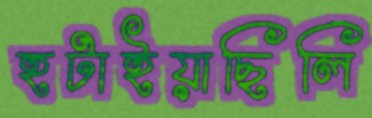
হটাইয়াছিলি